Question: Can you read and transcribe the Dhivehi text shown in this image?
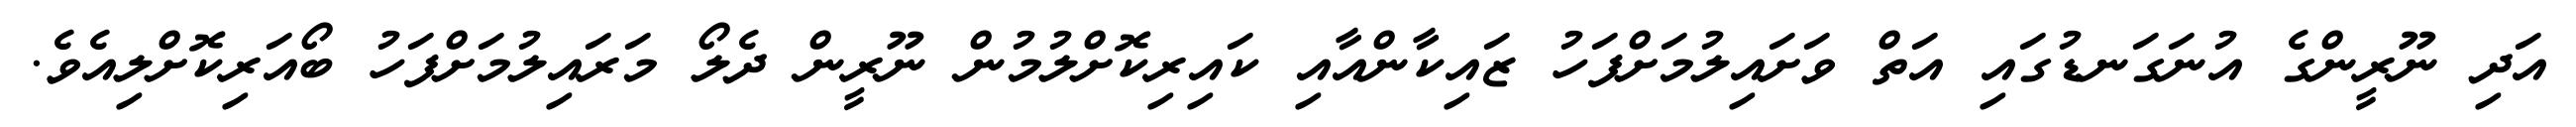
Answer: އަދި ނޫރީންގެ އުނަގަނޑުގައި އަތް ވަށައިލުމަށްފަހު ޒައިކާންއާއި ކައިރިކޮށްލުމުން ނޫރީން ދެލޯ މަރައިލުމަށްފަހު ބޯއަރިކޮށްލިއެވެ.